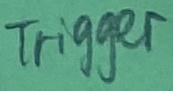
Text: Trigger